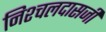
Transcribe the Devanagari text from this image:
निश्चलदासजी